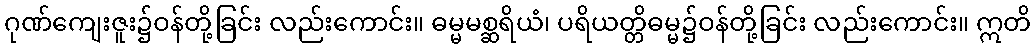
ဂုဏ်ကျေးဇူး၌ဝန်တို့ခြင်း လည်းကောင်း။ ဓမ္မမစ္ဆရိယံ၊ ပရိယတ္တိဓမ္မ၌ဝန်တို့ခြင်း လည်းကောင်း။ ဣတိ